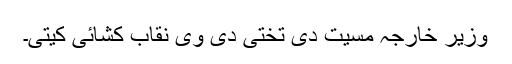
وزیر خارجہ مسیت دی تختی دی وی نقاب کشائی کیتی۔